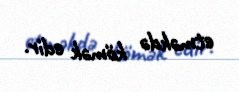
etməkdə kömək edir.